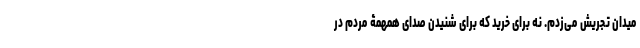
میدان تجریش می‌زدم. نه برای خرید که برای شنیدن صدای همهمۀ مردم در